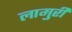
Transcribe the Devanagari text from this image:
लामुरी